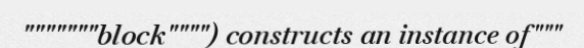
"""""""block"""") constructs an instance of"""